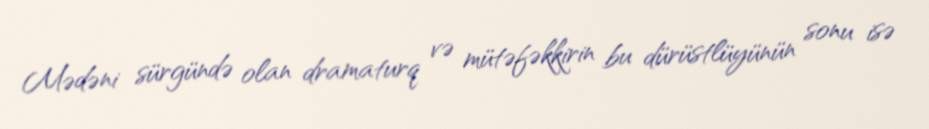
Mədəni sürgündə olan dramaturq və mütəfəkkirin bu dürüstlüyünün sonu isə